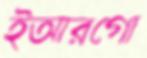
ইআরগো